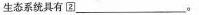
生态系统具有\boxed{2} ___。